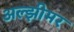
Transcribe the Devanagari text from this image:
अल्झीमर